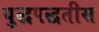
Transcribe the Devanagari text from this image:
युद्धपद्धतीस